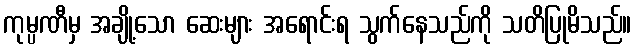
ကုမ္ပဏီမှ အချို့သော ဆေးများ အရောင်းရ သွက်နေသည်ကို သတိပြုမိသည်။